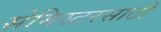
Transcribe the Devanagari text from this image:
सेमिस्टरसाठी